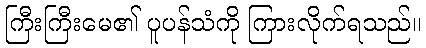
ကြီးကြီးမေ၏ ပူပန်သံကို ကြားလိုက်ရသည်။